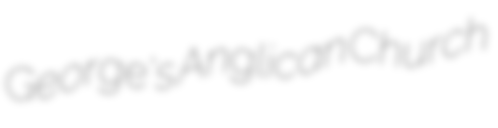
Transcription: George's Anglican Church